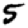
Digit: 5